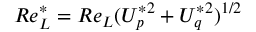
R e _ { L } ^ { * } = R e _ { L } ( U _ { p } ^ { * 2 } + U _ { q } ^ { * 2 } ) ^ { 1 / 2 }